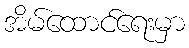
အိမ်ထောင်ရေးမှာ